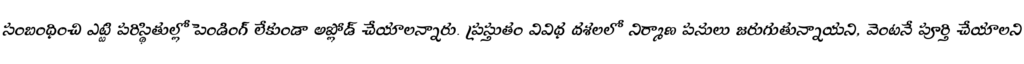
సంబంధించి ఎట్టి పరిస్థితుల్లో పెండింగ్ లేకుండా అప్లోడ్ చేయాలన్నారు. ప్రస్తుతం వివిధ దశలలో నిర్మాణ పనులు జరుగుతున్నాయని, వెంటనే పూర్తి చేయాలని